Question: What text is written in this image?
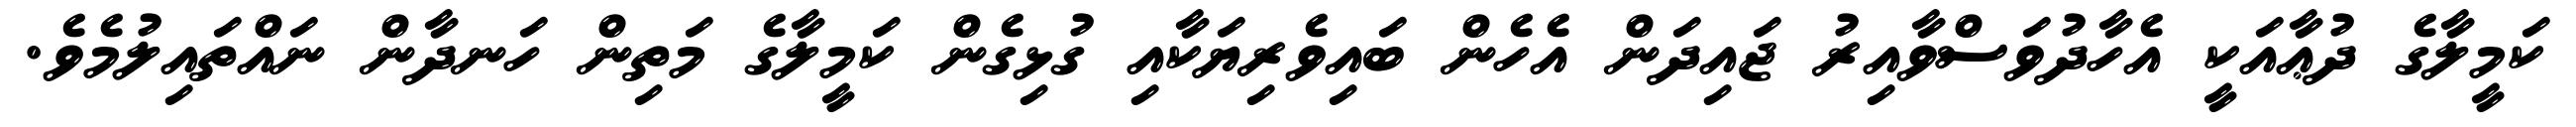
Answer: ކަމީލާގެ ދުޢާއަކީ އެހާދުވަސްވާއިރު ޖައިދަން އެހެން ބައިވެރިޔަކާއި ގުޅިގެން ކަމީލާގެ މަތިން ހަނދާން ނައްތައިލުމެވެ.